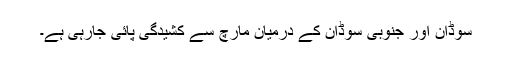
سوڈان اور جنوبی سوڈان کے درمیان مارچ سے کشیدگی پائی جارہی ہے۔